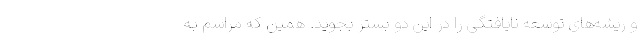
و ریشه‌های توسعه نایافتگی را در این دو بستر بجوید. همین که مراسم به